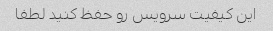
این کیفیت سرویس رو حفظ کنید لطفا